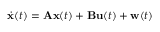
{ \dot { \mathbf { x } } } ( t ) = \mathbf { A } \mathbf { x } ( t ) + \mathbf { B } \mathbf { u } ( t ) + \mathbf { w } ( t )